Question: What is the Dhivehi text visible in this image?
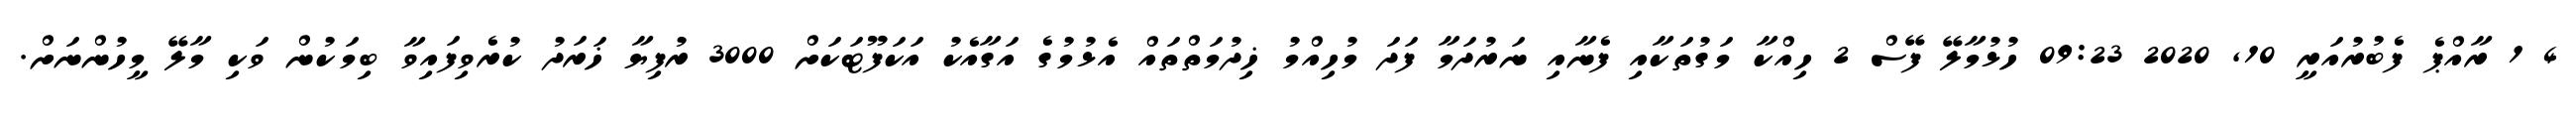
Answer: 4 1 ރާއްޕެ ފެބުރުއަރީ 10, 2020 09:23 ހުޅުމާލޭ ފޭސް 2 ހިއްކާ މަގުތަކާއި ފެނާއި ނަރުދަމާ ފަދަ މުހިއްމު ޚިދުމަތްތައް އެޅުމުގެ އަގާއެކު އަކަފޫޓަކަށް 3000 ރުފިޔާ ޚަރަދު ކުރެވިފައިވާ ބިމަކުން ވަކި މާލޭ މީހުންނަށް.